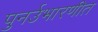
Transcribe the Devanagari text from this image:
पुनर्उभारणीत